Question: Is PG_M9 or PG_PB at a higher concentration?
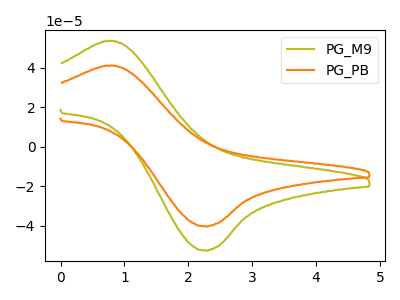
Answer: <think>The olive curve "PG_M9" has an anodic peak at (0.80V, 53.60uA) and a cathodic peak at (2.25V, -52.35uA). The orange curve "PG_PB" has an anodic peak at (0.80V, 41.10uA) and a cathodic peak at (2.25V, -40.15uA).
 All the peaks in "PG_M9" have a peak in "PG_PB" at the same potential. Every peak in "PG_M9" is higher than every peak in "PG_PB".</think>
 <answer>"PG_M9" has more signal than "PG_PB" and so likely has a higher concentration.</answer>
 <eval>more_concentration</eval>